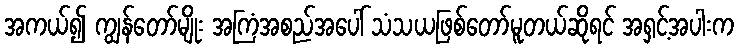
အကယ်၍ ကျွန်တော်မျိုး အကြံအစည်အပေါ် သံသယဖြစ်တော်မူတယ်ဆိုရင် အရှင့်အပါးက